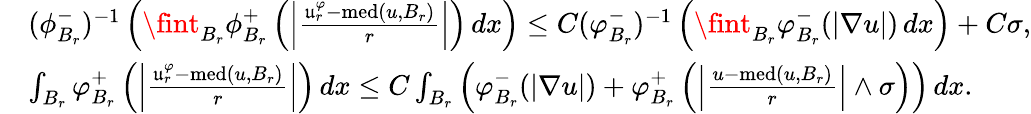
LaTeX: \begin{array}{rl}&{(\phi_{B_{r}}^{-})^{-1}\left(\fint_{B_{r}}\phi_{B_{r}}^{+}\left(\left|\frac{\mathfrak{u}_{r}^{\varphi}-\textnormal{med}(u,B_{r})}{r}\right|\right)\, dx\right)\leq C(\varphi_{B_{r}}^{-})^{-1}\left(\fint_{B_{r}}\varphi_{B_{r}}^{-}(|\nabla u|)\, dx\right)+C\sigma,}\\ &{\int_{B_{r}}\varphi_{B_{r}}^{+}\left(\left|\frac{\mathfrak{u}_{r}^{\varphi}-\textnormal{med}(u,B_{r})}{r}\right|\right)\, dx\leq C\int_{B_{r}}\left(\varphi_{B_{r}}^{-}(|\nabla u|)+\varphi_{B_{r}}^{+}\left(\left|\frac{u-\textnormal{med}(u,B_{r})}{r}\right|\wedge\sigma\right)\right)\, dx.}\end{array}